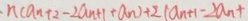
n ( a n + 2 - 2 a n + 1 + a n ) + 2 ( a n + 1 - 2 a n +